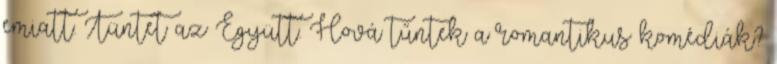
emiatt. Tüntet az Együtt. Hová tűntek a romantikus komédiák?